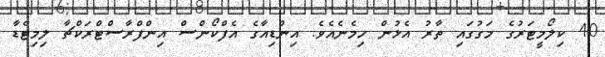
40 ކިލޯމީޓަރުގެ މަގުގައި ތާރު އެޅުން ހިމެނެއެވެ. އިންޑިއާގެ އެފްކޯންސް އިންފްރާސްޓްރަކްޗާ ލިމިޓެޑާ